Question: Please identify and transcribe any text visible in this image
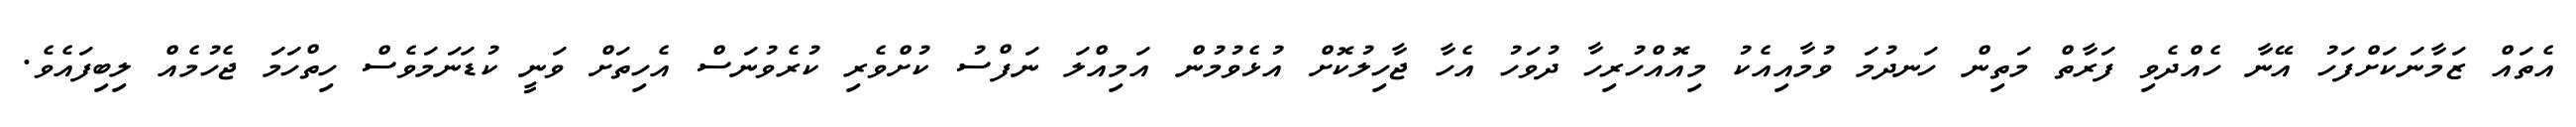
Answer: އެތައް ޒަމާނަކަށްފަހު އޭނާ ހެއްދެވި ފަރާތް މަތިން ހަނދުމަ ވުމާއިއެކު މިއޮއްހުރިހާ ދުވަހު އެހާ ޖާހިލުކޮށް އުޅެވުމުން އަމިއްލަ ނަފްސު ކުށްވެރި ކުރެވުނަސް އެހިތަށް ވަނީ ކުޑަނަމަވެސް ހިތްހަމަ ޖެހުމެއް ލިބިފައެވެ.